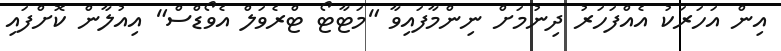
އިން އަހަރަކު އެއްފަހަރު ދިނުމަށް ނިންމާފައިވާ "މަޓާޓޯ ޓްރެވަލް އެވޯޑްސް" އިއުލާން ކޮށްފައި